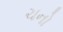
ચનો